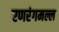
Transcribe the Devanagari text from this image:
रणरंगमल्ल